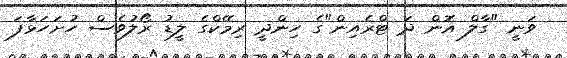
ވަނީ "ގާލް އޮން ދަ ޓްރެއިން"ގެ ހިންދީ ރިމޭކްގެ ލީޑު ރޯލުވެސް ހުށަހަޅާފަ